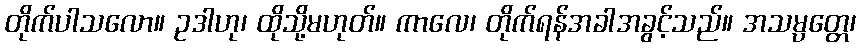
တိုက်ပါသလော။ ဥဒါဟု၊ ထိုသို့မဟုတ်။ ကာလေ၊ တိုက်ရန်အခါအခွင့်သည်။ အသမ္ပတ္တေ၊